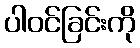
ပါဝင်ခြင်းကို